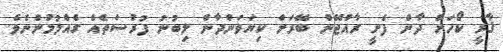
ޤާރީ ކޯހަށް ދާން ފެށީ ރާއްޖޭން ބޭރަށް ކިޔަވަންދާން ލިބުނު ފުރުސަތެއް ގެއްލުމުންނެވެ.